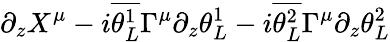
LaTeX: \partial_{z}X^{\mu}-i{\overline{{\theta_{L}^{1}}}}\Gamma^{\mu}\partial_{z}\theta_{L}^{1}-i{\overline{{\theta_{L}^{2}}}}\Gamma^{\mu}\partial_{z}\theta_{L}^{2}